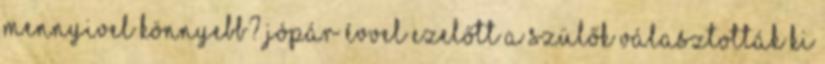
mennyivel könnyebb? Jópár évvel ezelőtt a szülők választották ki